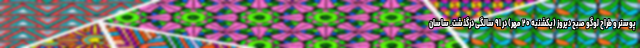
پوستر و طراح لوگو صبح دیروز (یکشنبه ۲۰ مهر) در ۹۱ سالگی درگذشت. ساسان